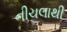
નીચલાથી